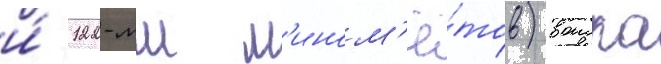
и́ 122-мм м'ином'ё́тов) воиска